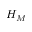
H _ { M }